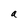
Character: a